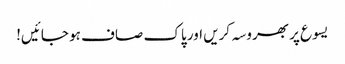
یسوع پر بھروسہ کریں اور پاک صاف ہو جائیں!